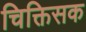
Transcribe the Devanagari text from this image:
चिक्तिसक